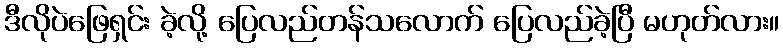
ဒီလိုပဲဖြေရှင်း ခဲ့လို့ ပြေလည်တန်သလောက် ပြေလည်ခဲ့ပြီ မဟုတ်လား။